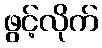
ဖွင့်လိုက်